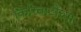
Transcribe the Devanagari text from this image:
किरिबाटीच्या